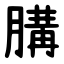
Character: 䐟